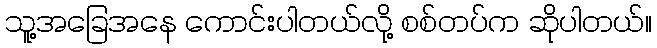
သူ့အခြေအနေ ကောင်းပါတယ်လို့ စစ်တပ်က ဆိုပါတယ်။